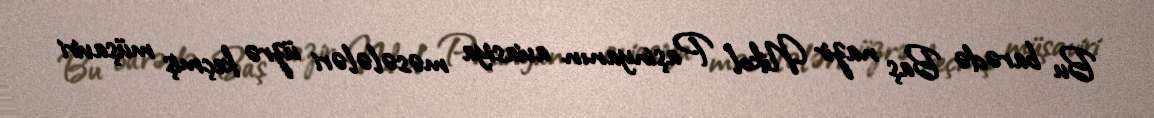
Bu barədə Baş nazir Nikol Paşinyanın aviasiya məsələləri üzrə keçmiş müşaviri